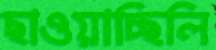
ছাওয়াচ্ছিলি